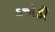
ડજોડી